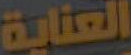
العناية